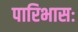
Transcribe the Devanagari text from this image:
पारिभासः